Jaan_Tonisson_(Lasteleht), lk 546
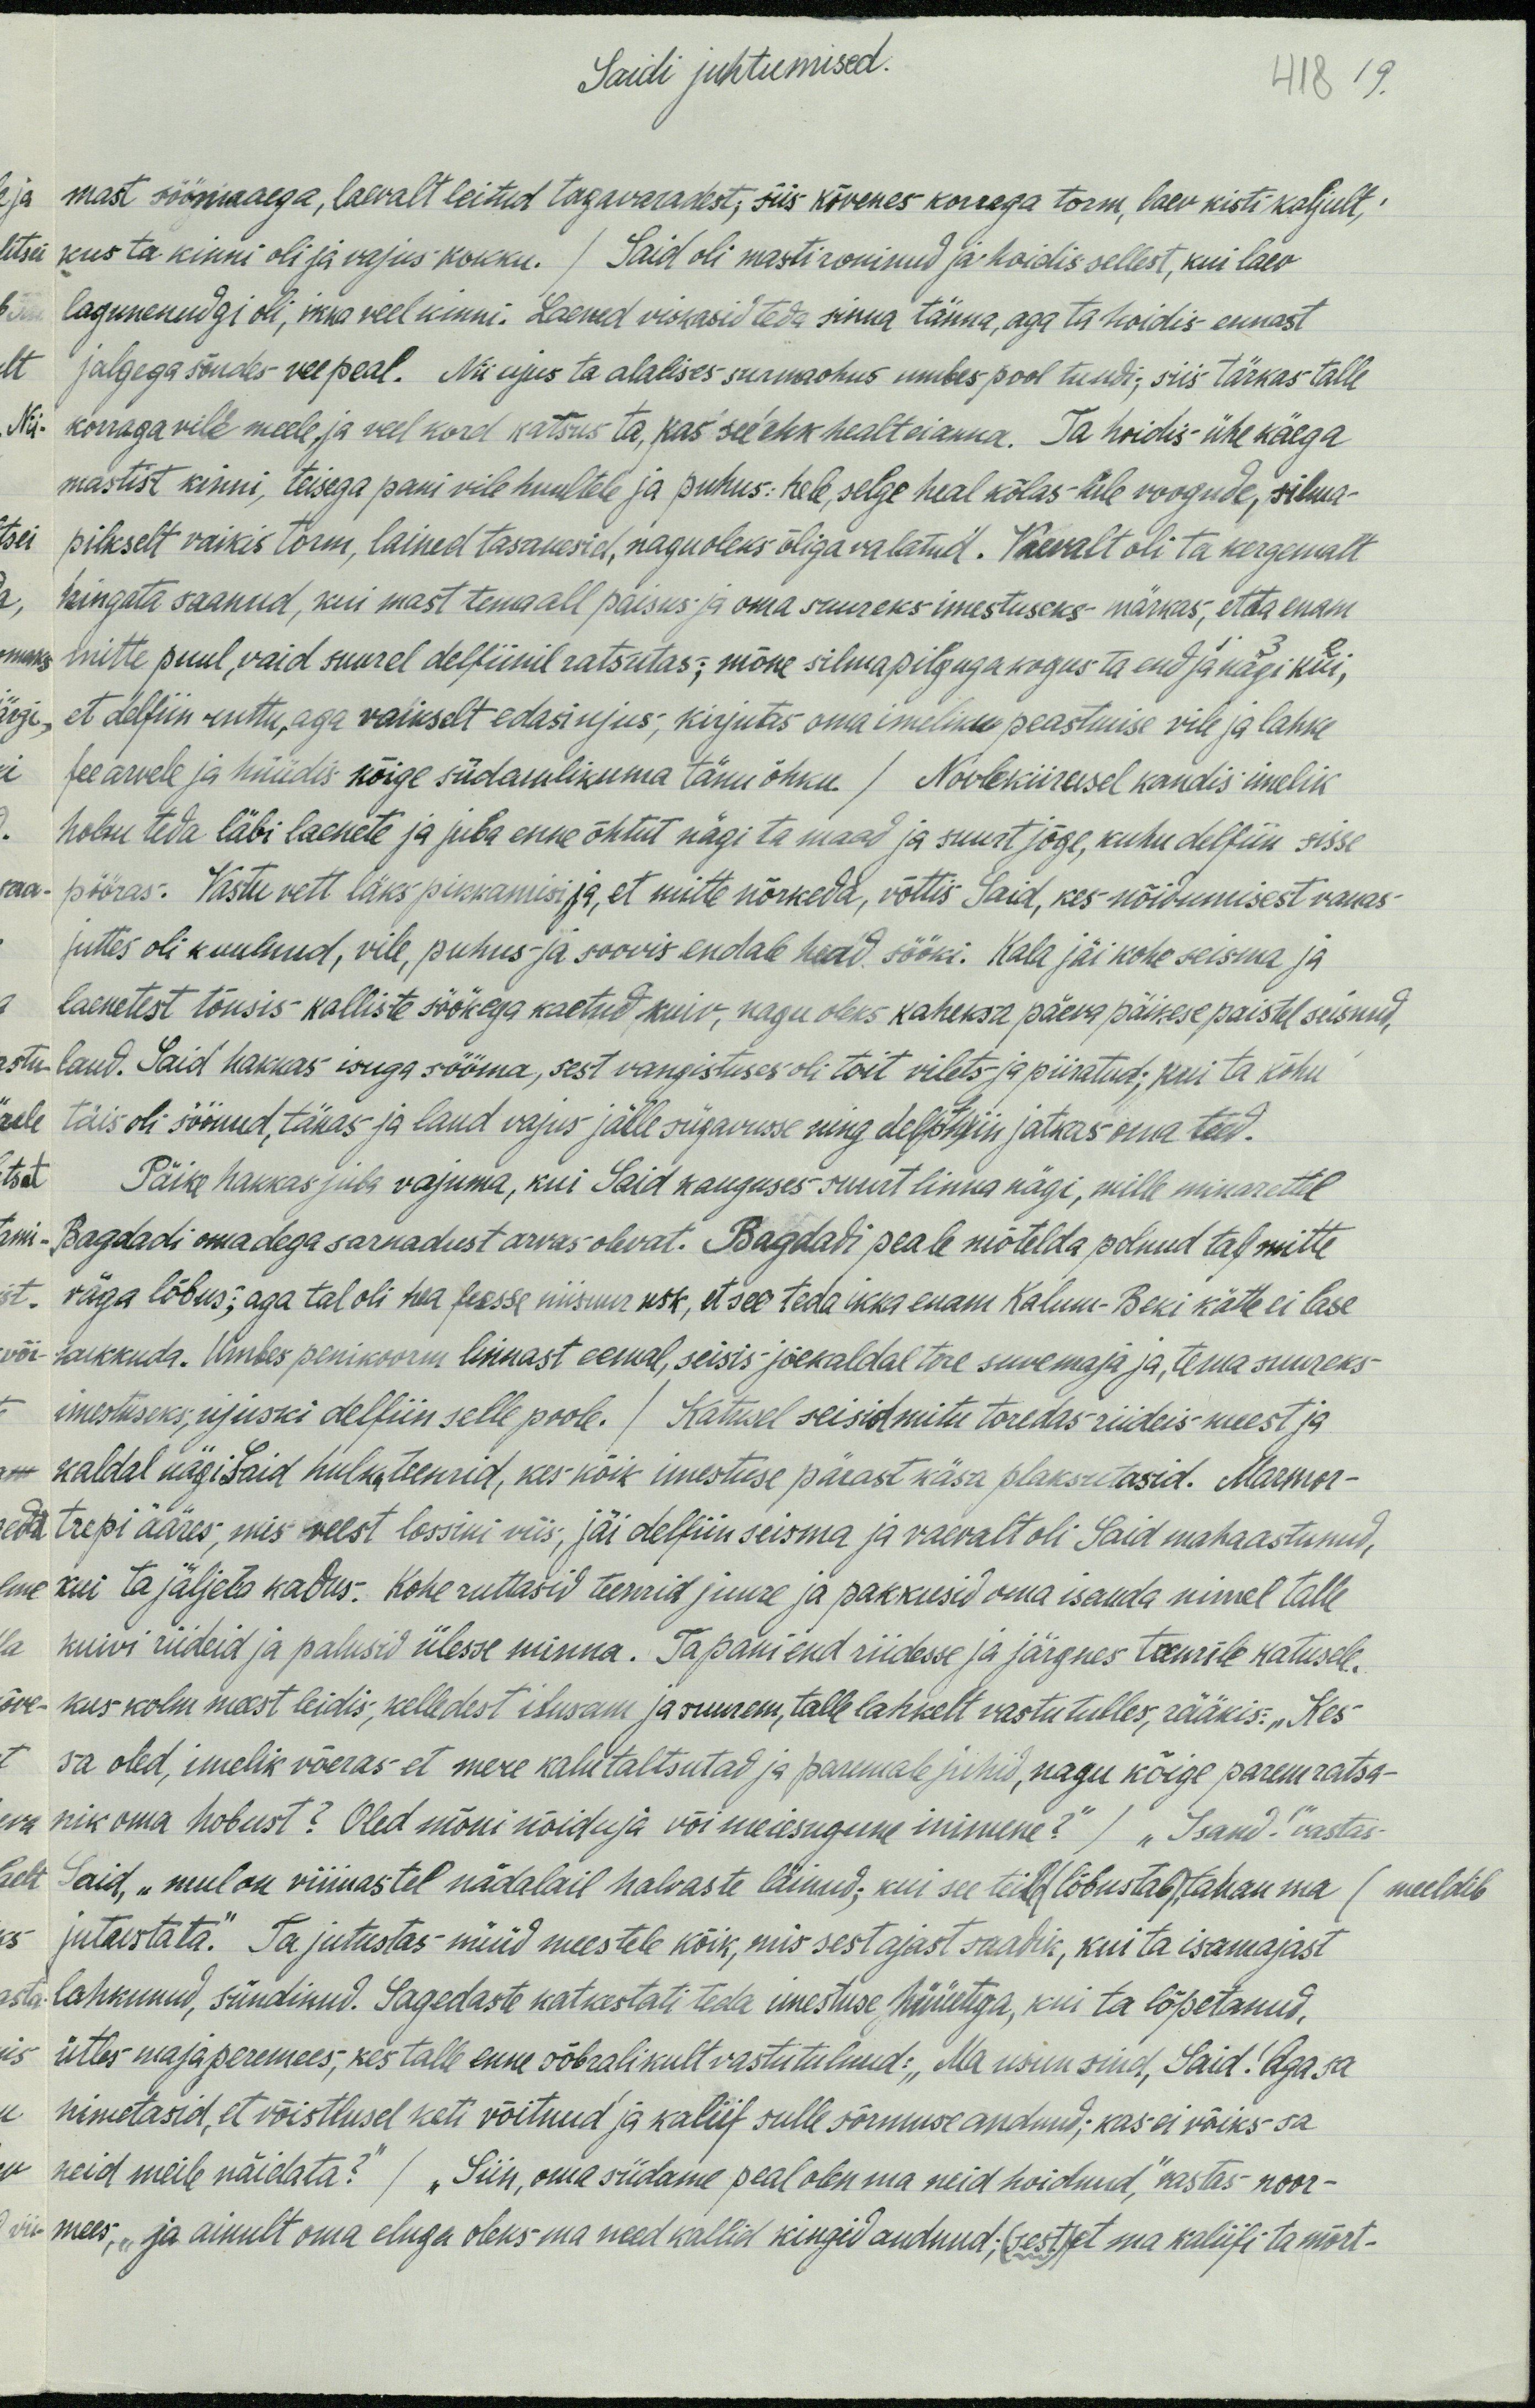
Saidi juhtumised.
418
19.
mast söömaaega, laevalt leitud tagavaradest, siis kõvenes korraga torm, laev kisti kaljult;
kus ta kinni oli ja vajus kokku. / Said oli masti roninud ja hoidis sellest, kui laev
lagunenudgi oli, ikka veel kinni. Laened viskasid teda sinna tänna, aga ta hoidis ennast
jalgega sõudes vee peal. Nii ujus ta alalises surmaohus umbes pool tundi, siis tärkas talle
korraga vile meele, ja veel kord katsus ta, kas see ehk healt ei anna. Ta hoidis ühe käega
mastist kinni, teisega pani vile huultele ja puhus: hele selge heal kõlas-üle voogude, silma-
pilkselt vaikis torm, lained tasanesid, nagu oleks õliga valatud. Vaevalt oli ta kergemalt
hingata saanud, kui mast tema all paisus ja oma suureks imestuseks märkas, et ta enam
mitte puul, vaid suurel delfiinil ratsutas; mõne silmapilguga kogus ta end ja nägi kui
et delfiin ruttu, aga vaikselt edasi ujus, kirjutas oma imeliku peastmise vile ja lahke
fee arvele ja hüüdis kõige südamlikuma tänu õhku / Noolekiirusel kandis imelik
hobu teda läbi laenete ja juba enne õhtut nägi ta maad ja suurt jõge, kuhu delfiin sisse
pööras. Vastu vett läks pikkamisi, ja, et mitte nõrkeda, võttis Said, kes nõidumisest vanas-
juttes oli kuulnud, vile, puhus ja soovis endale head, sööki. Kala jäi kohe seisma ja
laenetest tõusis kalliste söökega kaetud kuiv, nagu oleks kaheksa päeva päikese paistel seisnud,
laud. Said hakkas isuga sööma, sest vangistuses oli toit vilets ja piiratud; kui ta kõhu-
täis oli söönud, tänas ja laud vajus jälle sügavusse ning delfiin jatkas oma teed.
Päike hakkas juba vajuma, kui Said kauguses suurt linna nägi, mille minarettel
Bagdadi omadega sarnadust arvas olevat. Bagdadi peale mõtelda polnud tal mitte
väga lõbus, aga tal oli hea feesse nii suur usk, et see teda ikka enam Kalum-Beki kätte ei lase
kukkuda. Umbes penikoorm linnast eemal, seisis jõekaldal tore suve maja ja tema suureks
imestuseks, ujuski delfiin selle poole. / Katusel seisid mitu toredas riideis meest ja
kaldal nägi Said hulk teenrid, kes kõik imestuse pärast käsa plaksutasid. Marmor-
trepi ääres, mis veest lossini viis, jäi delfiin seisma ja vaevalt oli Said mahaastunud,
kui ta jäljeta kadus. Kohe ruttasid teenrid juure ja pakkusid oma isanda nimel talle
kuivi riideid ja palusid ülesse minna. Ta pani end riidesse ja järgnes teenrile katusele.
kus kolm meest leidis, kelledest ilusam ja suurem, talle lahkelt vastu tulles, rääkis: „Kes
sa oled, imelik võeras et mere kalu taltsutad ja paremale juhid, nagu kõige parem ratsa-
nik oma hobust? Oled mõni nõiduja või meieisugune inimene? "/ "Isand!" vastas
Said, „mul on viimastel nädalail halvaste läinud, kui see teid (lõbustab) tahan ma (meeldib
"jutustata". Ta jutustas nüüd meestele kõik, mis sest ajast saadik, kui ta isamajast
lahkunud, sündinud. Sagedaste katkestati teda imestuse hüüetega, kui ta lõpetanud,
ütles maja peremees, kes talle enne sõbralikult vastutulnud: "Ma usun sind, Said! Aga sa
nimetasid, et võistlusel keti võitnud ja kaliif, sulle sõrmuse andnud; kas ei võiks sa
neid meile näidata?" / "Siin, oma südame peal olen ma neid hoidnud", vastas noor-
mees, „ja ainult oma eluga oleks ma need kallid kingid andnud (sest), et ma kaliifi ta mõrt-